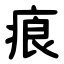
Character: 㾗